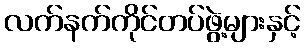
လက်နက်ကိုင်တပ်ဖွဲ့များနှင့်